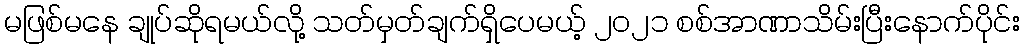
မဖြစ်မနေ ချုပ်ဆိုရမယ်လို့ သတ်မှတ်ချက်ရှိပေမယ့် ၂၀၂၁ စစ်အာဏာသိမ်းပြီးနောက်ပိုင်း